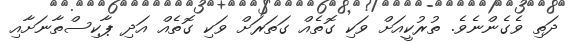
ދަތި ވެގެންނެވެ. ތުރުކީއަށް ވަކި ގޮތެއް ގަތަރަށް ވަކި ގޮތެއް އަދި ޕާކިސްތާނަށާއި